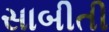
સાબીતી